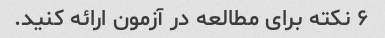
۶ نکته برای مطالعه در آزمون ارائه کنید.